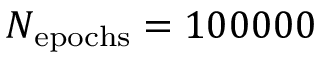
N _ { \mathrm { e p o c h s } } = 1 0 0 0 0 0